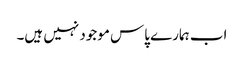
اب ہمارے پاس موجود نہیں ہیں۔